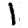
Digit: 1